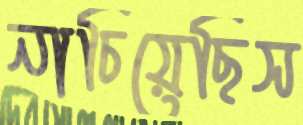
নাচিয়েছিস